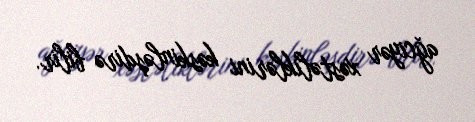
ağciyər xəstəliklərini kəskinləşdirə bilir.